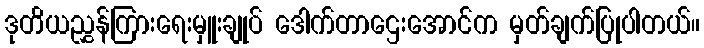
ဒုတိယညွှန်ကြားရေးမှူးချုပ် ဒေါက်တာဌေးအောင်က မှတ်ချက်ပြုပါတယ်။